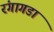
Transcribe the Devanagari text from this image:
रंगागडा